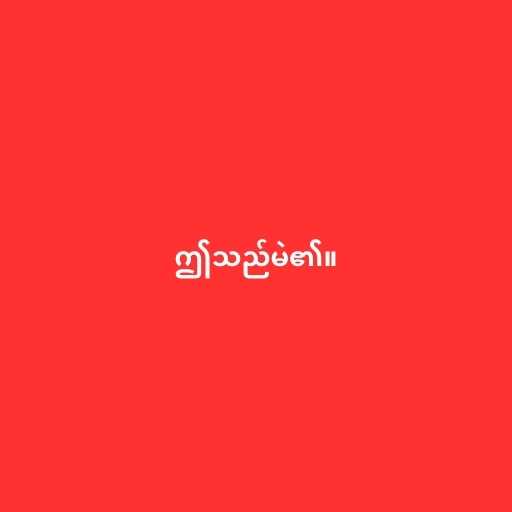
ဤသည်မဲ၏။